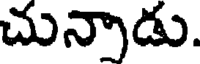
చున్నాడు.